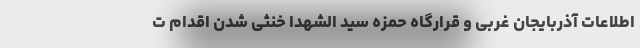
اطلاعات آذربایجان غربی و قرارگاه حمزه سید الشهدا خنثی شدن اقدام ت